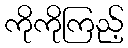
ကိုကိုကြည့်